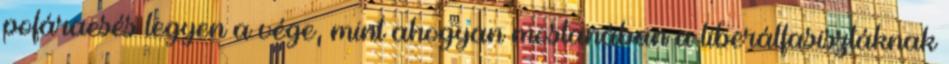
pofáraesés legyen a vége, mint ahogyan mostanában a liberálfasisztáknak